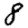
Digit: 8